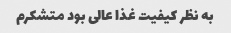
به نظر کیفیت غذا عالی بود متشکرم